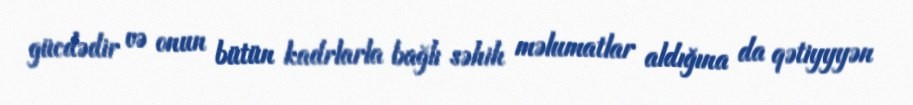
gücdədir və onun bütün kadrlarla bağlı səhih məlumatlar aldığına da qətiyyyən